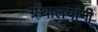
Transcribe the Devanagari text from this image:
ग्रंथालयांनी